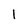
Character: 1